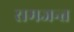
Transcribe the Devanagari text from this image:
रामजन्त